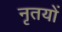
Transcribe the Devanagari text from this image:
नृतयों